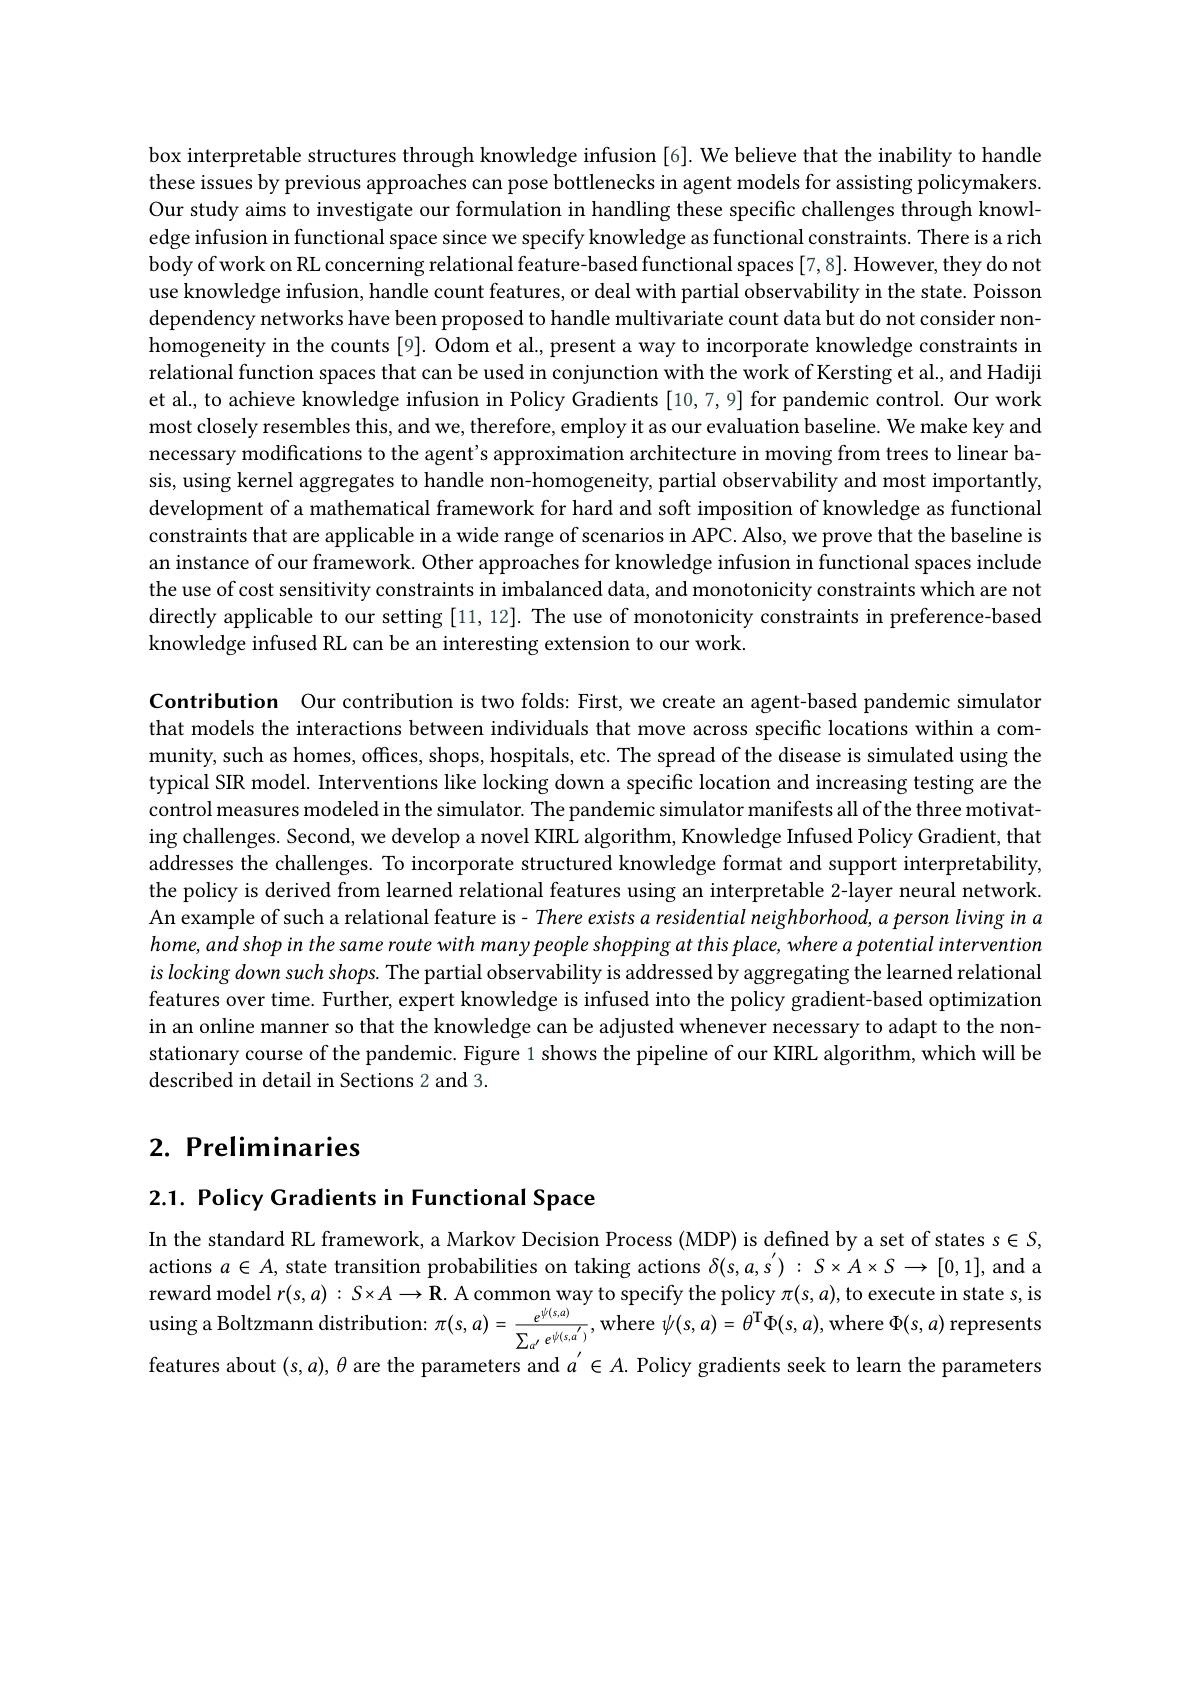
box interpretable structures through knowledge infusion [6]. We believe that the inability to handle these issues by previous approaches can pose bottlenecks in agent models for assisting policymakers Our study aims to investigate our formulation in handling these specific challenges through knowledge infusion in functional space since we specify knowledge as functional constraints. There is a rich body of work on RL concerning relational feature-based functional spaces [7,8]. However, they do not use knowledge infusion, handle count features, or deal with partial observability in the state. Poisson dependency networks have been proposed to handle multivariate count data but do not consider nonhomogeneity in the counts [9]. Odom et al., present a way to incorporate knowledge constraints in relational function spaces that can be used in conjunction with the work of Kersting et al., and Hadij et al., to achieve knowledge infusion in Policy Gradients [10,7,9] for pandemic control. Our work most closely resembles this, and we, therefore, employ it as our evaluation baseline. We make key and necessary modifications to the agent's approximation architecture in moving from trees to linear basis, using kernel aggregates to handle non-homogeneity, partial observability and most importantly, development of a mathematical framework for hard and soft imposition of knowledge as functional constraints that are applicable in a wide range of scenarios in APC. Also, we prove that the baseline is an instance of our framework. Other approaches for knowledge infusion in functional spaces include the use of cost sensitivity constraints in imbalanced data, and monotonicity constraints which are not directly applicable to our setting [11,12]. The use of monotonicity constraints in preference-based knowledge infused RL can be an interesting extension to our work.

Contribution Our contribution is two folds: First, we create an agent-based pandemic simulator that models the interactions between individuals that move across specific locations within a community, such as homes, offices, shops, hospitals, etc. The spread of the disease is simulated using the typical SIR model. Interventions like locking down a specific location and increasing testing are the control measures modeled in the simulator. The pandemic simulator manifests all of the three motivating challenges. Second, we develop a novel KIRL algorithm, Knowledge Infused Policy Gradient, that addresses the challenges. To incorporate structured knowledge format and support interpretability, the policy is derived from learned relational features using an interpretable 2-layer neural network An example of such a relational feature is- There exists a residential neighborhood, a person living in a $home,andshopinthesameroutewith$ many people shopping at this place, where a potential intervention islocking down such shops. The partial observability is addressed by aggregating the learned relational features over time. Further, expert knowledge is infused into the policy gradient-based optimization in an online manner so that the knowledge can be adjusted whenever necessary to adapt to the non stationary course of the pandemic. Figure 1 shows the pipeline of our KIRL algorithm, which will be described in detail in Sections 2 and 3.

# 2. Preliminaries

2.1. Policy Gradients in Functional Space

In the standard RL framework, a Markov Decision Process (MDP) is defined by a set of states s $\in S$, actions $a\in A$, state transition probabilities on taking actions $\delta(s,a,s^{\prime}):S\times A\times S\to[0,1]$, and a reward model $r(s,a):S\times A\to\mathbf{R}.$ A common way to specify the policy $\pi(s,a)$,to execute in state s, is $u$sing a Boltzmann distribution: $\pi(s,a)=\frac e{\psi(s,a)}{\sum_{i}\psi(s,a^{\prime})}$, where $\psi(s,a)=\theta^\mathrm{T}\Phi(s,a)$, where $\Phi(s,a)$ represent features about $(s,a),\theta$ are the parameters and $a^{\prime}\in A.$ Policy gradients seek to learn the parameters